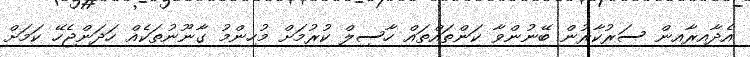
އެދާއިރާއިން ސަރުކާރުން ބޭނުންވާ ކަންތައްތައް ހާސިލް ކުރުމަށް މުހިންމު ގާނޫނުތަކެއް ހަދަންޖެހޭ ކަމަށް